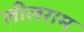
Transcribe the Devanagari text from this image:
लीलराम